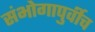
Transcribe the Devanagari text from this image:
संभोगापुर्वीच